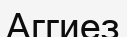
Аггиез